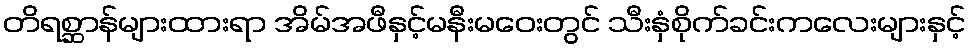
တိရစ္ဆာန်များထားရာ အိမ်အဖီနှင့်မနီးမဝေးတွင် သီးနှံစိုက်ခင်းကလေးများနှင့်